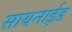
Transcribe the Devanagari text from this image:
सायनाईड